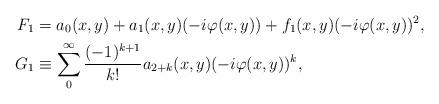
LaTeX: \begin{align*} F_1 &=a_0(x, y)+a_1(x,y)(-i\varphi(x, y))+f_1(x, y)(-i\varphi(x, y))^2, \\G_1 &\equiv\sum^\infty_0\frac{(-1)^{k+1}}{k!}a_{2+k}(x, y)(-i\varphi(x, y))^k, \end{align*}